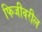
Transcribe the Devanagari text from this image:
फिजीवरील